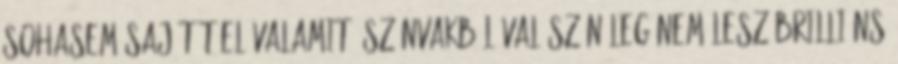
sohasem sajátít el valamit. Színvakból valószínűleg nem lesz brilliáns